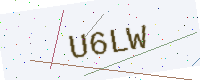
Text: U6LW